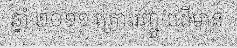
ឆ្នាំ ២០១១ គ្រោះរញ្ជួយដីមាន